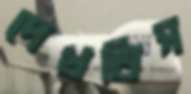
দেখতিস